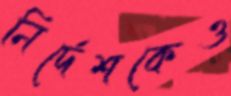
নির্দেশকেও